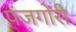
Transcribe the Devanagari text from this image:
पंजगोरी